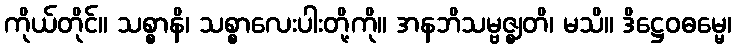
ကိုယ်တိုင်။ သစ္စာနိ၊ သစ္စာလေးပါးတို့ကို။ အနဘိသမ္ဗဇ္ဈတိ၊ မသိ။ ဒိဋ္ဌေဝဓမ္မေ၊